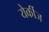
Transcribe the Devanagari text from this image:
येर्कीज